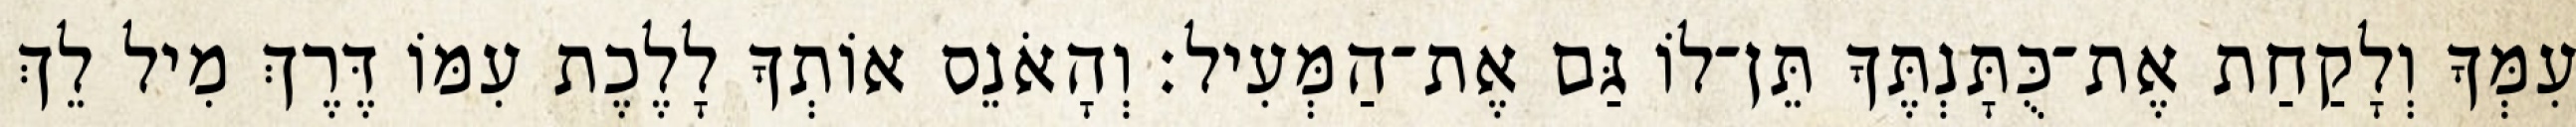
עִמְּךָ וְלָקַחַת אֶת־כֻּתָּנְתֶּךָ תֵּן־לוֹ גַּם אֶת־הַמְּעִיל׃ וְהָאֹנֵס אוֹתְךָ לָלֶכֶת עִמּוֹ דֶּרֶךְ מִיל לֵךְ